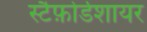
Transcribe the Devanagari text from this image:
स्टैफ़ोर्डशायर